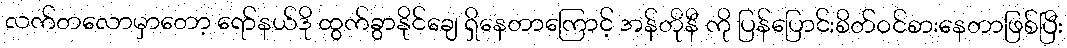
လက်တလောမှာတော့ ရော်နယ်ဒို ထွက်ခွာနိုင်ချေ ရှိနေတာကြောင့် အန်တိုနီ ကို ပြန်ပြောင်းစိတ်ဝင်စားနေတာဖြစ်ပြီး